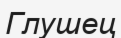
Глушец